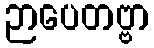
ဉာပေတဗ္ဗာ